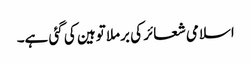
اسلامی شعائر کی برملا توہین کی گئی ہے۔